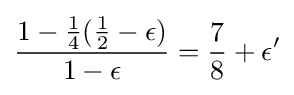
{\frac {1-{\frac {1}{4}}({\frac {1}{2}}-\epsilon )}{1-\epsilon }}={\frac {7}{8}}+\epsilon '